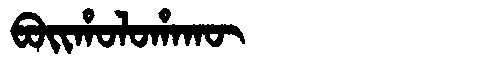
Manchu: ᠪᠣᡳᡥᠣᠯᠣᡥᠠᡴᡡ
Romanization: BOIHOLOHAKŪ